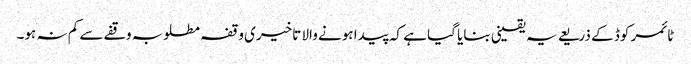
ٹائمر کوڈ کے ذریعے یہ یقینی بنایا گیا ہے کہ پیدا ہونے والا تاخیری وقفہ مطلوبہ وقفے سے کم نہ ہو۔